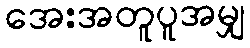
အေးအတူပူအမျှ